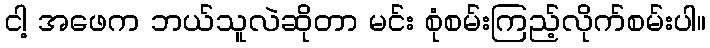
ငါ့ အဖေက ဘယ်သူလဲဆိုတာ မင်း စုံစမ်းကြည့်လိုက်စမ်းပါ။